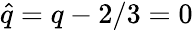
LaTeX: \hat{q}=q-2/3=0